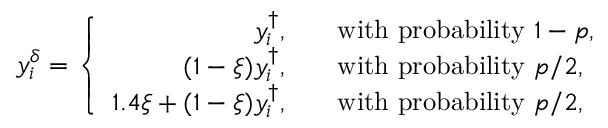
\begin{array} { r } { y _ { i } ^ { \delta } = \left\{ \begin{array} { r l } { y _ { i } ^ { \dag } , } & { \quad \mathrm { w i t h ~ p r o b a b i l i t y ~ } 1 - p , } \\ { ( 1 - \xi ) y _ { i } ^ { \dag } , } & { \quad \mathrm { w i t h ~ p r o b a b i l i t y ~ } p / 2 , } \\ { 1 . 4 \xi + ( 1 - \xi ) y _ { i } ^ { \dag } , } & { \quad \mathrm { w i t h ~ p r o b a b i l i t y ~ } p / 2 , } \end{array} \right. } \end{array}